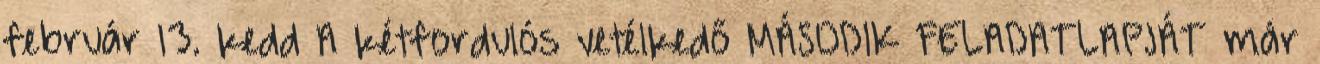
február 13. kedd A kétfordulós vetélkedő MÁSODIK FELADATLAPJÁT már